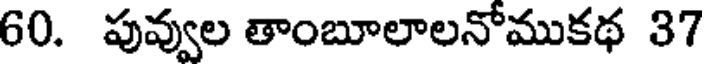
60. పువ్వుల తాంబూలాలనోముకథ 37